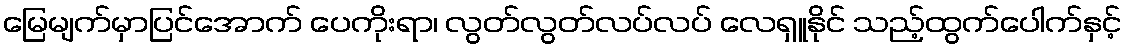
မြေမျက်မှာပြင်အောက် ပေကိုးရာ၊ လွတ်လွတ်လပ်လပ် လေရှူနိုင် သည့်ထွက်ပေါက်နှင့်